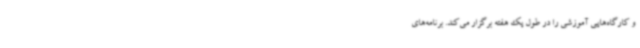
و کارگاه‌هایی آموزشی را در طول یک هفته برگزار می‌کند. برنامه‌های